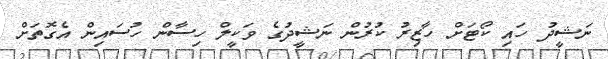
ނަޝީދު ހައި ކޯޓަަށް ހާޒިރު ކުރުން ނަޝީދުގެ ވަކީލް ހިސާން ހުސައިން އެގޮތަށް